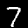
Digit: 7